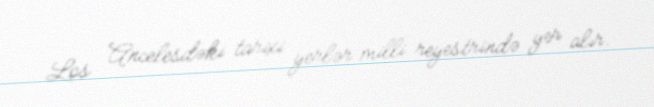
Los Ancelesdəki tarixi yerlər milli reyestrində yer alır.